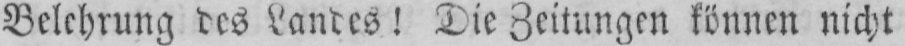
Belehrung des Landes! Die Zeitungen können nicht